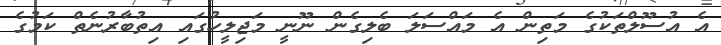
އެ އުސޫލްތަކުގެ މަތިން އެ މައްސަލަ ބެލިގެން ނޫނީ މަޖިލީހުގައި އިތުބާރުނެތް ކަމުގެ